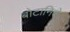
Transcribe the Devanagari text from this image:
बोटानिशे